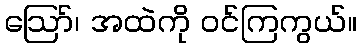
ဪ၊ အထဲကို ဝင်ကြကွယ်။